Vital statistics of India. Vol. IV, Annual returns from 1871 to 1876. British Army of India, Native Army and jails of Bengal
Year: 1871
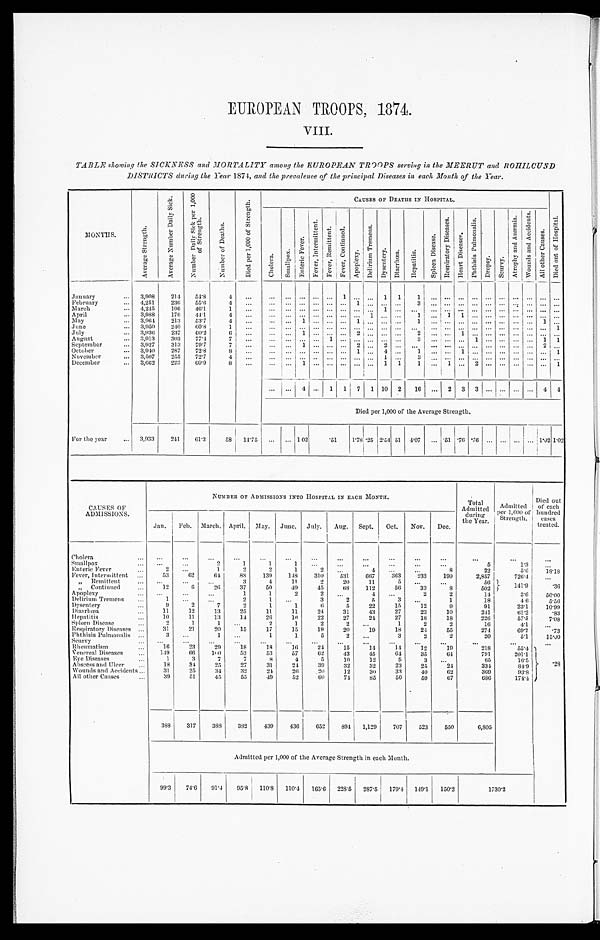
EUROPEAN TROOPS, 1874.
VIII.
TABLE showing the SICKNESS and MORTALITY among the EUROPEAN TROOPS serving in the MEERUT and ROHILCUND
DISTRICTS during the Year 1874, and the prevalence of the principal Diseases in each Month of the Year.
MONTHS.
A v e r a g e S t r e n g t h .
A v e r a g e N u m b e r D a i l y S i c k .
N u m b e r D a i l y S i c k p e r 1 , 0 0 0 o f S t r e n g t h .
N u m b e r o f D e a t h s .
D i e d p e r 1 , 0 0 0 o f S t r e n g t h .
CAUSES OF DEATHS IN HOSPITAL.
D i e d o u t o f H o s p i t a l .
C h o l e r a .
Sma l l pox.
E n t e r i c F e v e r .
F e v e r , I n t e r m i t t e n t .
F e v e r , R e m i t t e n t .
F e v e r , C o n t i n u e d .
Ap o p l e x y .
D e l i r i u m T r e m e n s .
D y s e n t e r y .
D i a r r h œ a .
H e p a t i t i s .
S p l e e n D i s e a s e .
R e s p i r a t o r y D i s e a s e s .
H e a r t D i s e a s e s .
P h t h i s i s P u l m o n a l i s .
D r o p s y .
S c u r v y .
A t r o p h y a n d A n æ m i a .
W o u n d s a n d A c c i d e n t s .
Al l o t h e r Ca u s e s .
January . . .
3,908
214
54.8
4
. . .
. . .
. . . . . .
. . . . . .
1 . . .
. . . 1
1
1
. . .
. . .
. . .
. . .
. . .
. . .
. . .
. . .. . . . . .
February . . .
4 , 2 5 1
236
55.6
4
. . .
. . .
. . . . . .
. . . . . .
. . . 1
. . . . . .
. . .
3
. . .
. . .
. . .
. . .
. . .
. . .
. . .
. . .. . . . . .
March . . .
4 , 2 4 5
196
46.1
1
. . .
. . .
. . . . . .
. . . . . .
. . . . . .
. . . 1
. . .
. . .
. . .
. . .
. . .
. . .
. . .
. . .
. . .
. . . . . . . . .
April . . .
3,988
176
44.1
4
. . .
. . . . . . . . .
. . .. . .
. . .. . .
1 . . .
. . .
1
. . .
1
1
. . .
. . .
. . .
. . .
. . .. . . . . .
May . . .
3,964
213
53.7
4
. . .
. . .
. . . 1
. . .. . .
. . .1
. . . . . .
. . .
1
. . . . . .
. . .
. . .
. . .
. . .
. . .
. . .1
. . .
June . . .
3,950
240
60.8
1
. . .
. . . . . . . . .
. . .. . .
. . .. . .
. . . . . .
. . .
. . .
. . . . . .
. . .
. . .
. . .
. . .
. . .
. . .. . .
1
July . . .
3 , 9 3 6
237
60.2
6
. . .
. . . . . . 1
. . .. . .
. . .2
. . . . . .
. . .
2
. . . . . .
1
. . .
. . .
. . .
. . .
. . .. . . . . .
August . . .
3,913
303
77.4
7
. . .
. . .
. . . . . .
. . . 1
. . .. . .
. . . . . .
. . .
3
. . . . . .
. . .
1
. . .
. . .
. . .
. . .1
1
September . . .
3,927
313
79.7
7
. . .
. . . . . . 1
. . .. . .
. . .2
. . . 2
. . .
. . .
. . . . . .
. . .
. . .
. . .
. . .
. . .
. . .2
. . .
October . . .
3 , 9 4 0
287
72.8
8
. . .
. . .
. . . . . .
. . . . . .
. . . 1
. . . 4
. . .
1
. . . . . .
1
. . .
. . .
. . .
. . .
. . .. . . 1
November . . .
3 , 5 0 7
255
72.7
4
. . .
. . .
. . . . . .
. . . . . .
. . . . . .
. . .
1
. . .
3
. . . . . .
. . .
. . .
. . .
. . .
. . .
. . .. . . . . .
December . . .
3 , 6 6 2
22.3
60.9
8
. . .
. . .
. . .
1
. . .
. . .
. . .. . .
. . .
1
1
1
. . . 1
. . .
2
. . .
. . .
. . .
. . .. . . 1
. . .
. . .
4
. . . 1
1
7
1 10
2
16
. . . 2
3
3
. . .
. . .
. . .
. . . 4
4
Died per 1,000 of the Average Strength.
For the year . . .
3,933
241
61.3
58
14.75
. . .
. . . 1 02
. 5 1
1.78 .25 2.54 .51
4.07
. . . .51 .76 .'76
. . .
. . .
. . .
1 . 0 2
1.02 1.02
CAUSES OF
ADMISSIONS.
NUMBER OF ADMISSIONS INTO HOSPITAL IN EACH MONTH.
Total
Admitted dur i ng
the Year.
Admitted
per 1,000 of
Strength.
Died out
of each
hundred
cases
treated.
Jan.
Feb.
March. April.
May.
June.
July.
Aug.
Sept.
Oct.
Nov.
Dec.
Cholera . . .
. . .
. . .
. . .
. . .
. . .
. . .
. . .
. . .
. . .
. . .
. . .
. . .
. . .
. . .
. . .
Smallpox . . .
. . .
. . .
2
1
1
1
. . .
. . .
. . .
. . .
. . .
. . .
5
1.3
. . .
Enteric Fever . . .
2
. . .
1
2
2
1
2
. . .
4
. . .
. . .
8
22
5.6
18.18
Fever, Intermittent . . .
53
62
6 4
88
139
148
310
531
667
363
233
199
2,857
726.4
. . .
" R e m i t t e n t . . .
. . .
. . .
. . .
3
4
11
2
20
11
5
. . .
. . .
56
141.9
.36
" C o n t i n u e d . . .
12
6
26
37
50
4 9
45
68
112
56
33
8
502
Apoplexy . . .
. . .
. . .
. . .
1
1
2
2
. . .
4
. . .
2
2
14
3.6
50.00
" D e l i r i u m T r e m e n s . .
1
. . .
. . .
2
1
. . .
3
2
5
3
. . .
1
18
4.5
5.56
Dysentery . . .
9
2
7
2
1
1
6
5
22
15
12
9
91
23.1
10.99
Diarrhœa . . .
11
12
13
25
11
11
24
31
43
27
23
10
241
61.2
.83
Hepatitis . . .
1 0
11
13
14
26
1 6
22
27
24
27
18
18
226
57.5
7.08
Spleen Disease . . .
2
1
1
. . .
2
1
2
2
. . .
1
2
2
16
41
. . .
Respiratory Diseases . . .
31
21
20
15
17
15
19
20
19
18
24
55
274
69.7
.73
Phthisis Pulmonalis . . .
3
. . .
1
. . .
1
1
5
2
. . .
3
2
2
20
5.1
15.00
Scurvy . . .
. . .
. . . . . .
. . .
. . .
. . .
. . .
. . .
. . .
. . .
. . .
. . .
. . .
. . .
. . .
. . .
Rheumatism
16
23
29
18
18
16
24
15
14
14
12
19
218
55.4 .28
V e n e r a l D i s e a s e s . . .
1.49
66
100
53
13
57
62
43
45
64
35
64
791
201.1
Eye Diseases . . .
1
3
7
7
8
4
5
10
12
5
3
. . .
65
16.5
Abscess and Ulcer . . .
18
34
25
27
31
24
39
32
32
23
25
24
334
84.9
Wounds and Accidents . . .
31
25
34
39
24
26
20
12
30
33
40
62
369
93.8
All other Causes . . .
39
51
45
55
49
52
60
74
85
50
59
67
686
174.4
338
317
388
382
439
436
652
894 1,129
707
523
550
6,805
Admitted per 1,000 of the Average Strength in each Month.
99.3
74.6
91.4
95.8
110.8
110.4
165.6
225.5
287.5
179.4
149.1
150.2
1730.2